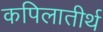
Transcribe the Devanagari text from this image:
कपिलातीर्थ